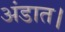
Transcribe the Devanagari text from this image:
अंडात।